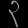
Digit: ၃